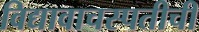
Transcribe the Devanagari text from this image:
विद्यावाचस्पतीची